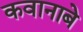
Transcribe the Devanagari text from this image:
कवानाबे